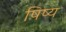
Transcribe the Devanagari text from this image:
षिष्य